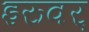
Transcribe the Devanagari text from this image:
इरुवर्